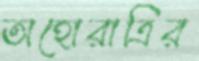
অহোরাত্রির